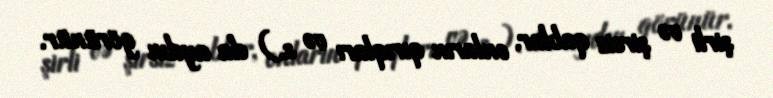
şirli və şirsiz qablar, onların qırıqları və s.) da aydın görünür.